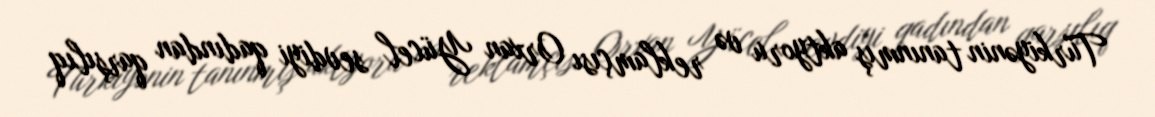
Türkiyənin tanınmış aktyoru və reklamçısı Orxan Yücel sevdiyi qadından qarşılıq